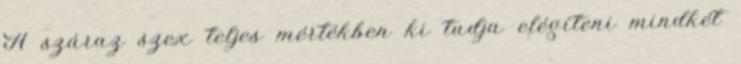
A száraz szex teljes mértékben ki tudja elégíteni mindkét